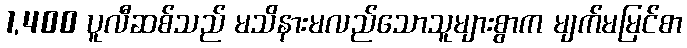
1,400 ပူလီဆစ်သည် မသိနားမလည်သောသူများစွာက မျက်မမြင်စာ